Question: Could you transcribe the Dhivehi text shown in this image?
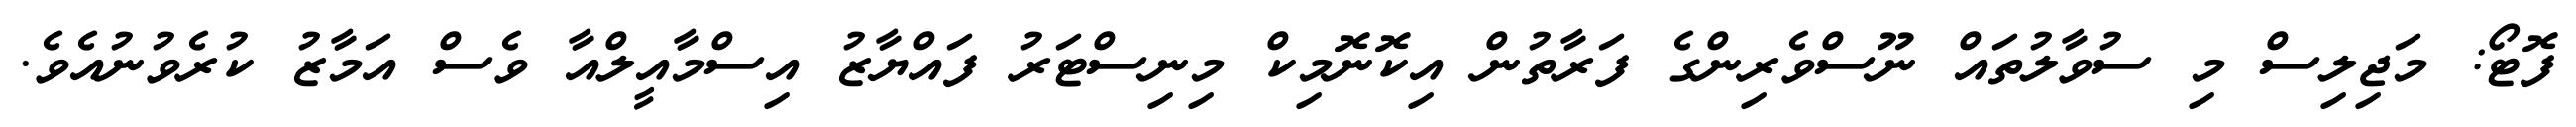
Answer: ފޮޓޯ: މަޖިލިސް މި ސުވާލުތައް ނޫސްވެރިންގެ ފަރާތުން އިކޮނޮމިކް މިނިސްޓަރު ފައްޔާޒު އިސްމާއީލްއާ ވެސް އަމާޒު ކުރެވުނުއެވެ.